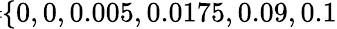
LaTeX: \! \! \! \! \! \! \! \overline{{\sigma}}\! \! =\! \! \{ 0,0,0.005,0.0175,0.09,0.1\} \! \! \!